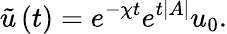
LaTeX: \tilde{u}\left(t\right)=e^{-\chi t}e^{t\left|A\right|}u_{0}.